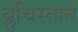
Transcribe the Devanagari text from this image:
ब्लुचिस्तान